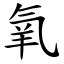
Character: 氧